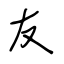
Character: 友